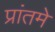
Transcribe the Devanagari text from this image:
प्रांतमे